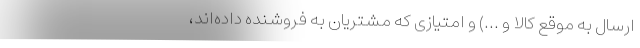
ارسال به موقع کالا و ...) و امتیازی که مشتریان به فروشنده داده‌اند،